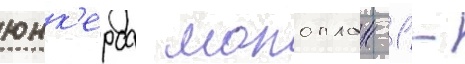
юнк'ерса моноплан -1 -